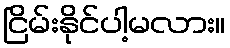
ငြိမ်းနိုင်ပါ့မလား။